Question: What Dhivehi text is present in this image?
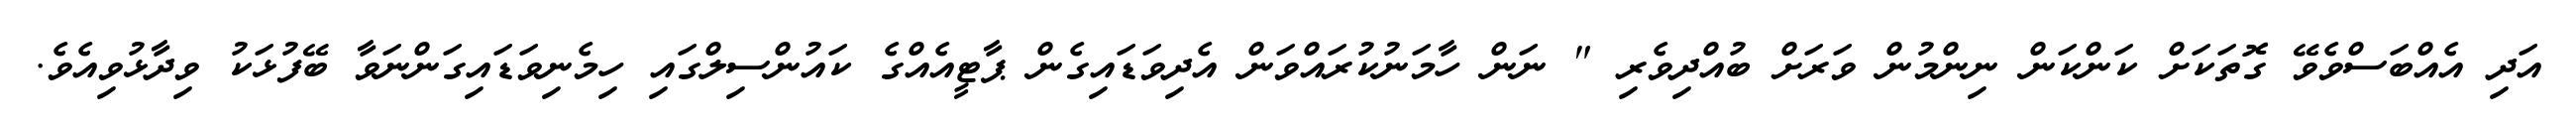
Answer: އަދި އެއްބަސްވެވޭ ގޮތަކަށް ކަންކަން ނިންމުން ވަރަށް ބުއްދިވެރި " ނަން ހާމަނުކުރައްވަން އެދިވަޑައިގެން ޕާޓީއެއްގެ ކައުންސިލްގައި ހިމެނިވަޑައިގަންނަވާ ބޭފުޅަކު ވިދާޅުވިއެވެ.